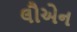
લૌએન